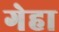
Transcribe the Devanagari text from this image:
गेहा